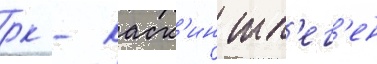
рк - каск'ин тл'ег'ен